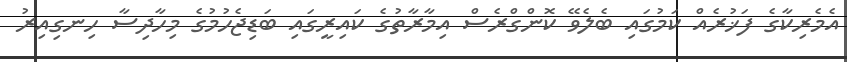
އެމެރިކާގެ ފަޚުރެއް ކަމުގައި ބެލެވޭ ކޮންގްރެސް އިމާރާތުގެ ކައިރީގައި ބަޑިޖެހުމުގެ މިހާދިސާ ހިނގިއިރު